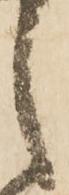
之